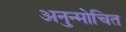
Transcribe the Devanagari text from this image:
अनुन्मोचित